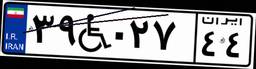
۲۰W۹۹۵۹۸